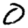
Digit: 0